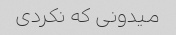
میدونی که نکردی